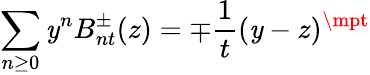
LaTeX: \sum_{n\geq0}\mathit{y}^{n}B_{nt}^{\pm}(z)=\mp{\frac{{1}}{{t}}}(\mathit{y}-z)^{\mpt}